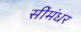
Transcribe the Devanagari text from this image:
सींमंधर